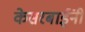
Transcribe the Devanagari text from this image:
केसरबाईंनी